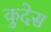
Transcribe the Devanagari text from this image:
कुदेस